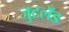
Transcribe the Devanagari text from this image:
जुटलँड